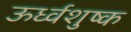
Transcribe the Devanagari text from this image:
ऊर्ध्वशुष्क